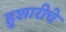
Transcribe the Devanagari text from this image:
हुशारीचे